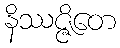
နိဿဇ္ဇိတေ